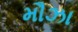
મૌઝા